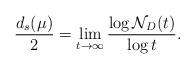
LaTeX: \begin{align*} \frac{d_s(\mu)}{2} = \lim_{t\to\infty} \frac{\log{\mathcal{N}_D (t)}}{\log{t} } .\end{align*}